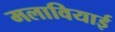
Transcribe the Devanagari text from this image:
मलावियाई